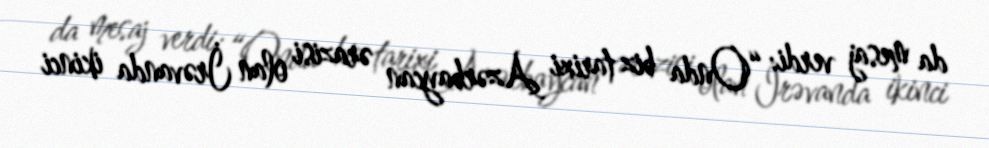
da mesaj verdi: “Onda biz tarixi Azərbaycan ərazisi olan İrəvanda ikinci